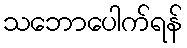
သဘောပေါက်ရန်